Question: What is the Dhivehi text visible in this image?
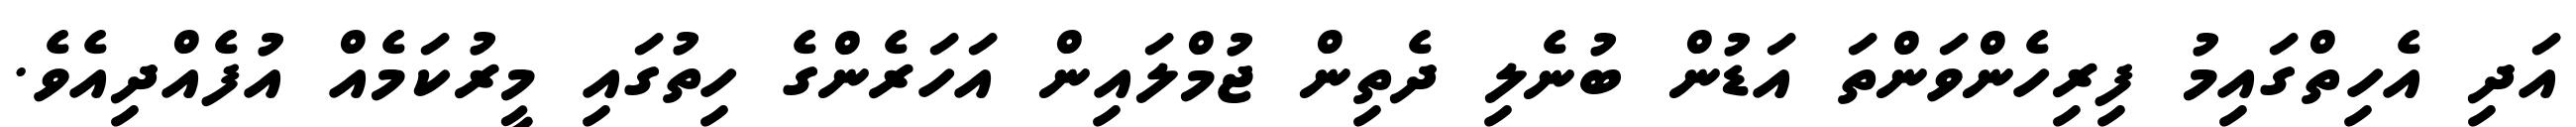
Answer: އަދި އެހިތްގައިމު ފިރިހެންވަންތަ އަޑުން ބުނެލި ދެތިން ޖުމްލައިން އަހަރެންގެ ހިތުގައި މީރުކަމެއް އުފެއްދިއެވެ.